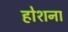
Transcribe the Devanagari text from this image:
होशना